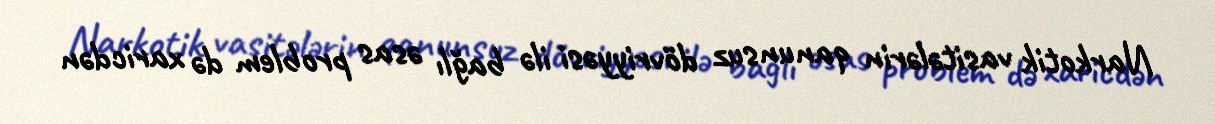
Narkotik vasitələrin qanunsuz dövriyyəsi ilə bağlı əsas problem də xaricdən